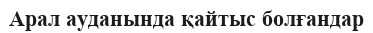
Арал ауданында қайтыс болғандар